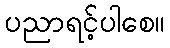
ပညာရင့်ပါစေ။